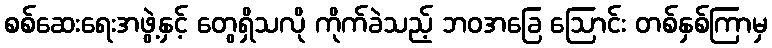
စစ်ဆေးရေးအဖွဲ့နှင့် တွေရှိသလို ကိုက်ခဲသည့် ဘဝအခြေ ဩောင်း တစ်နှစ်ကြာမှ